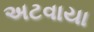
અટવાયા